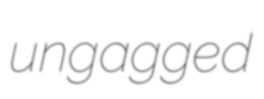
ungagged